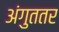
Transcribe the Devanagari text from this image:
अंगुततर